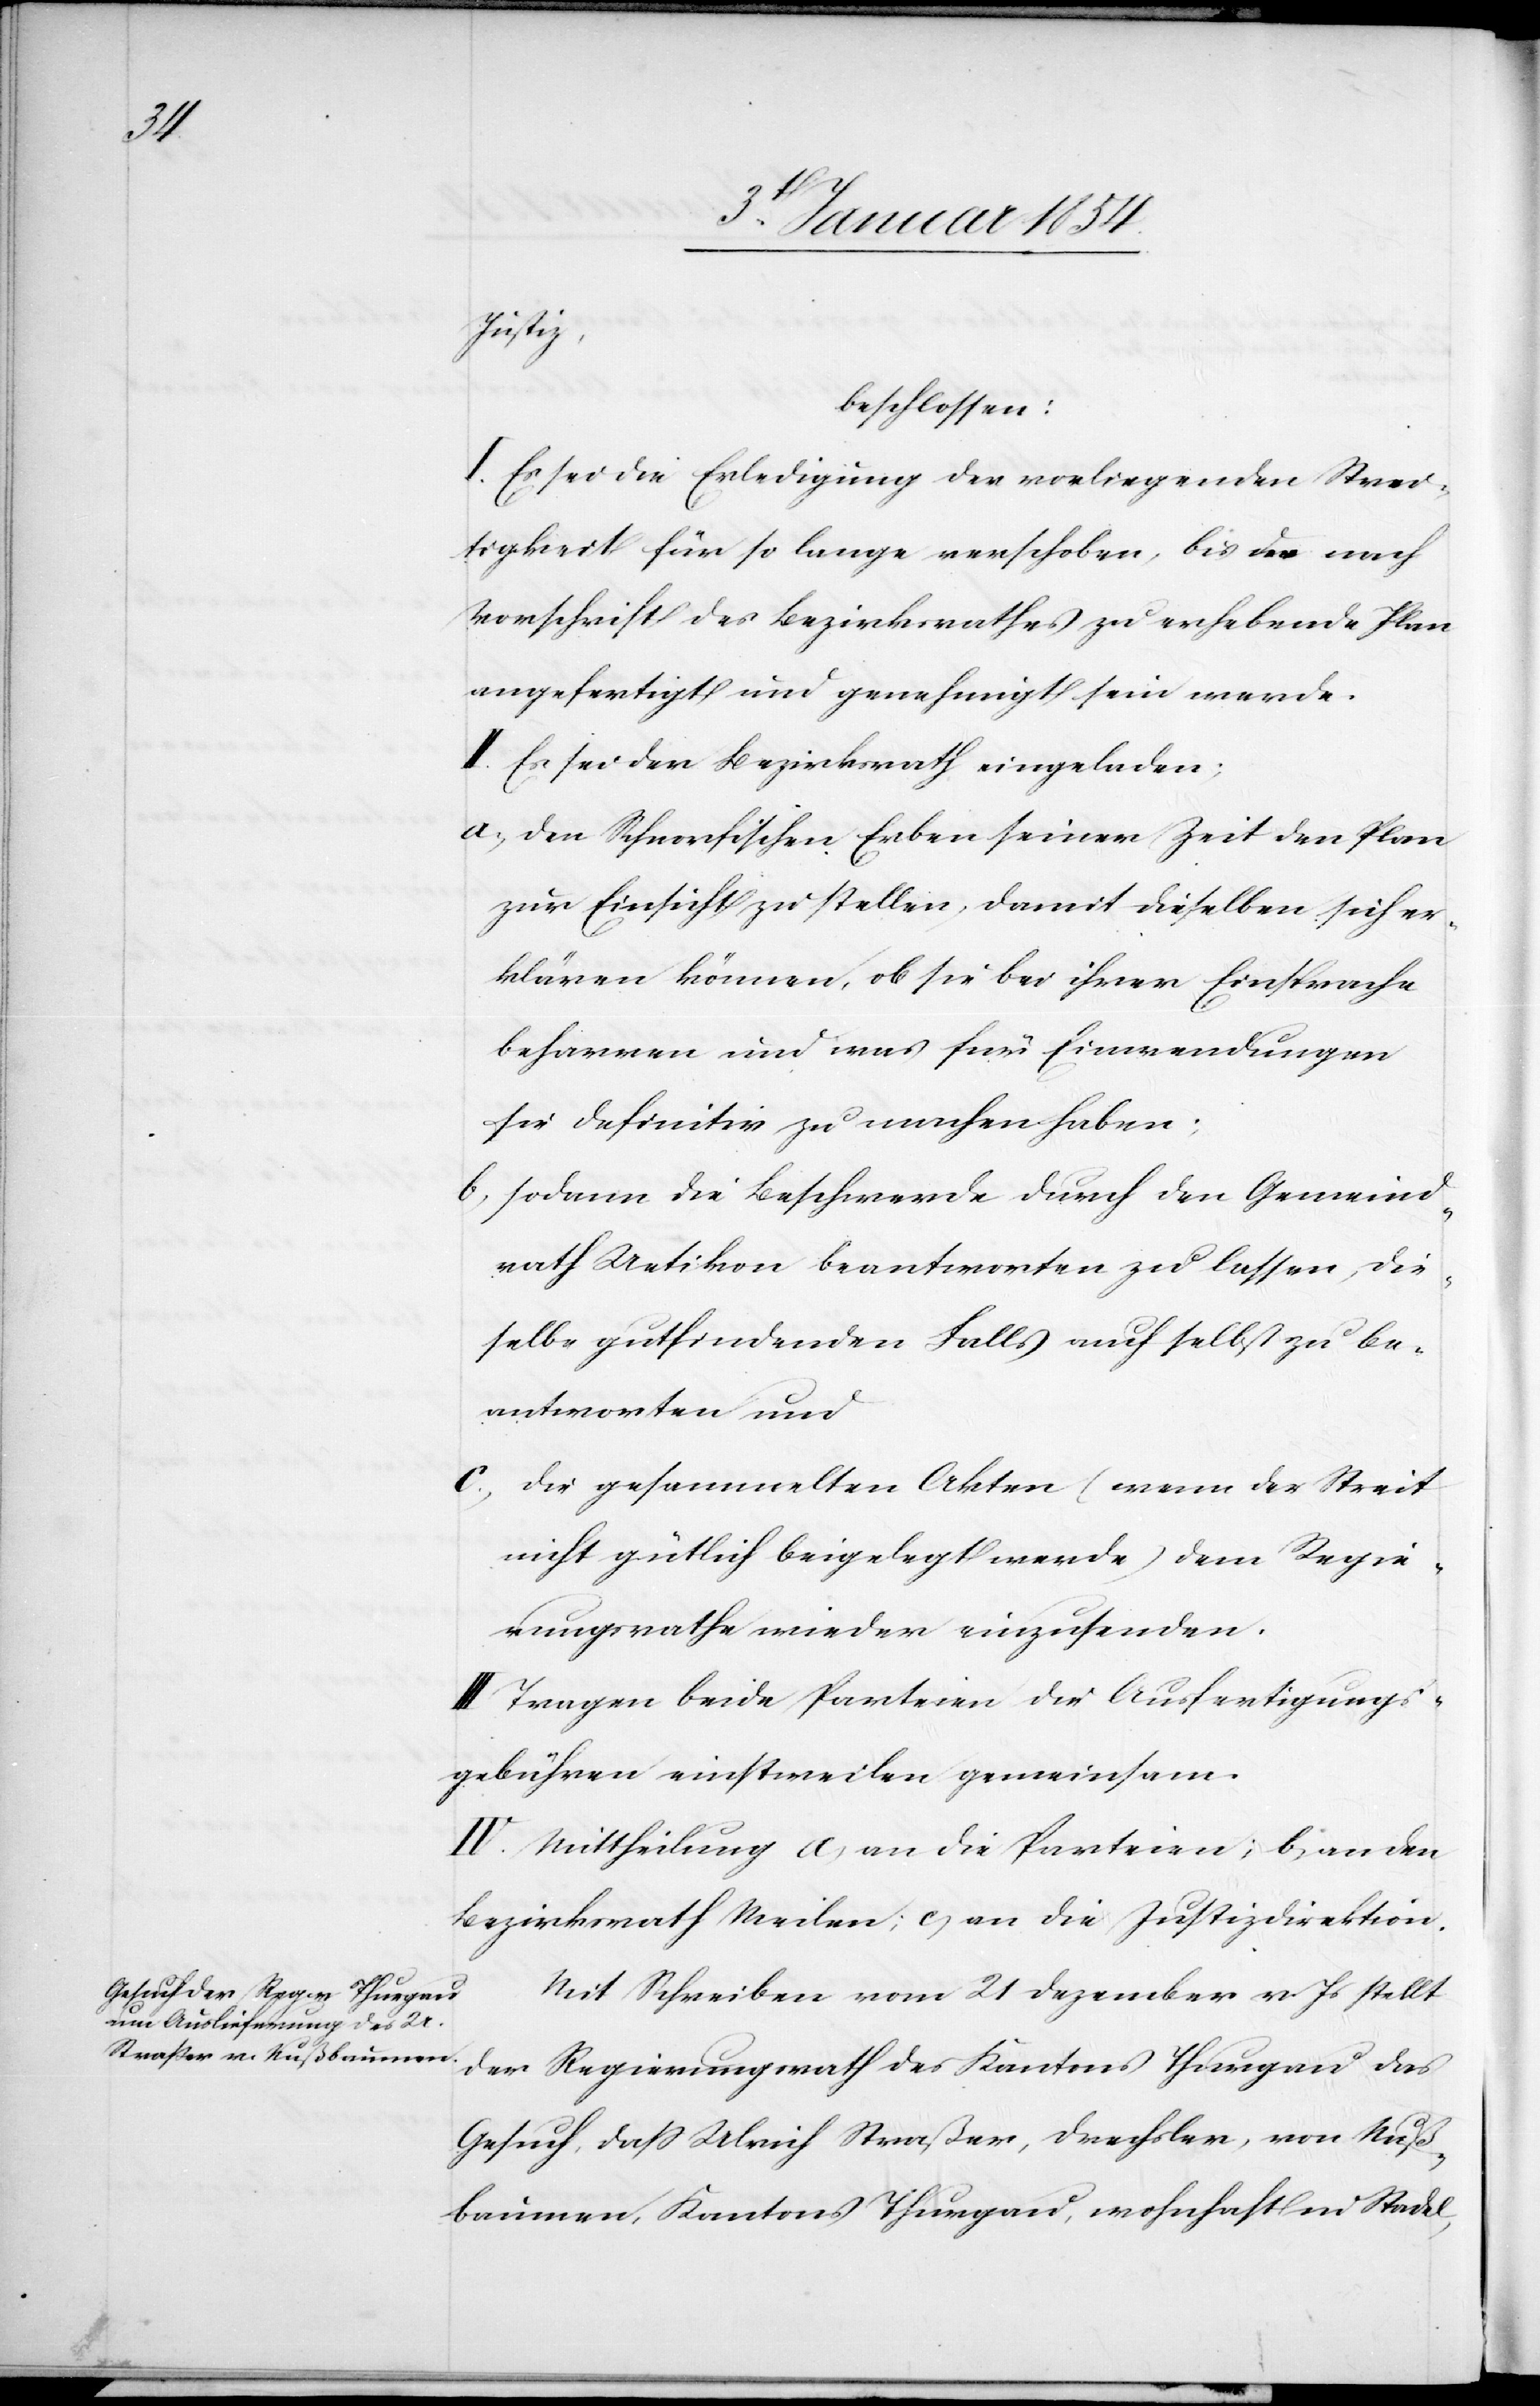
Justiz
beschlossen:
I. Es sei die Erledigung der vorliegenden Strei¬
tigkeit für so lange verschoben, bis der nach
Vorschrift des Bezirksrathes zu erhebende Plan
angefertigt und genehmigt sein werde.
II. Es sei der Bezirksrath eingeladen;
a.) den Schnorfischen Erben seiner Zeit den Plan
zur Einsicht zu stellen, damit dieselben sich er¬
klären können, ob sie bei ihrer Einsprache
beharren und was für Einwendungen
sie definitiv zu machen haben;
b.) sodann die Beschwerde durch den Gemeind¬
rath Uetikon beantworten zu lassen, die¬
selbe gutfindenden Falls auch selbst zu be¬
antworten und
c.) die gesammelten Akten (wenn der Streit
nicht gütlich beigelegt werde) dem Regie¬
rungsrathe wieder einzusenden.
III. Tragen beide Parteien die Ausfertigungs¬
gebühren einstweilen gemeinsam.
IV. Mittheilung a) an die Parteien; b) an den
Bezirksrath Meilen; c) an die Justizdirektion.
Mit Schreiben vom 21 Dezember v. Js stellt
der Regierungsrath des Kantons Thurgau das
Gesuch, daß Ulrich Straßer, Drechsler, von Nuß¬
baumen, Kantons Thurgau, wohnhaft in Stadel,